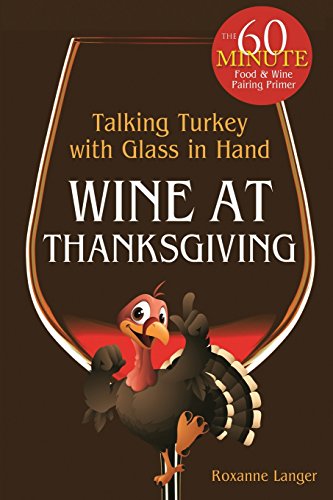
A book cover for Wine At Thanksgiving: Talking Turkey with Glass In Hand; Roxanne Langer; Cookbooks, Food & Wine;